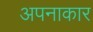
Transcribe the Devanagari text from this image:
अपनाकार